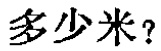
多少米？